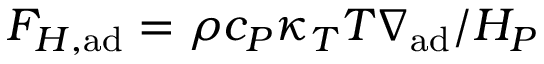
F _ { H , \mathrm { a d } } = \rho c _ { P } \kappa _ { T } T \nabla _ { \mathrm { a d } } / H _ { P }